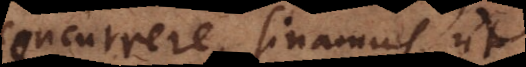
concurrere sinamus, ut